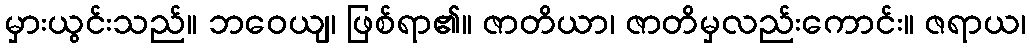
မှားယွင်းသည်။ ဘဝေယျ၊ ဖြစ်ရာ၏။ ဇာတိယာ၊ ဇာတိမှလည်းကောင်း။ ဇရာယ၊